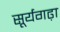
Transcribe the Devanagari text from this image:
सूर्यगढ़ा